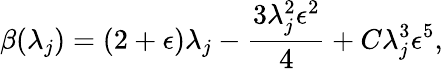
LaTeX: \beta(\lambda_{j})=(2+\epsilon)\lambda_{j}-\frac{3\lambda_{j}^{2}\epsilon^{2}}{4}+C\lambda_{j}^{3}\epsilon^{5},